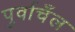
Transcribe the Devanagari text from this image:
पुर्वाचँल